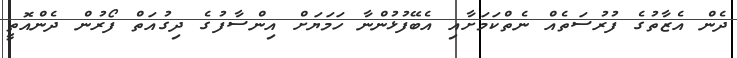
ދެން އެޒާތުގެ ފުރުސަތެއް ނެތްކަމަށާއި އެބޭފުޅުންނާ ހަމަޔަށް އިންސާފުގެ ދިގުއަތް ފޯރުން ދެންއޮތީ